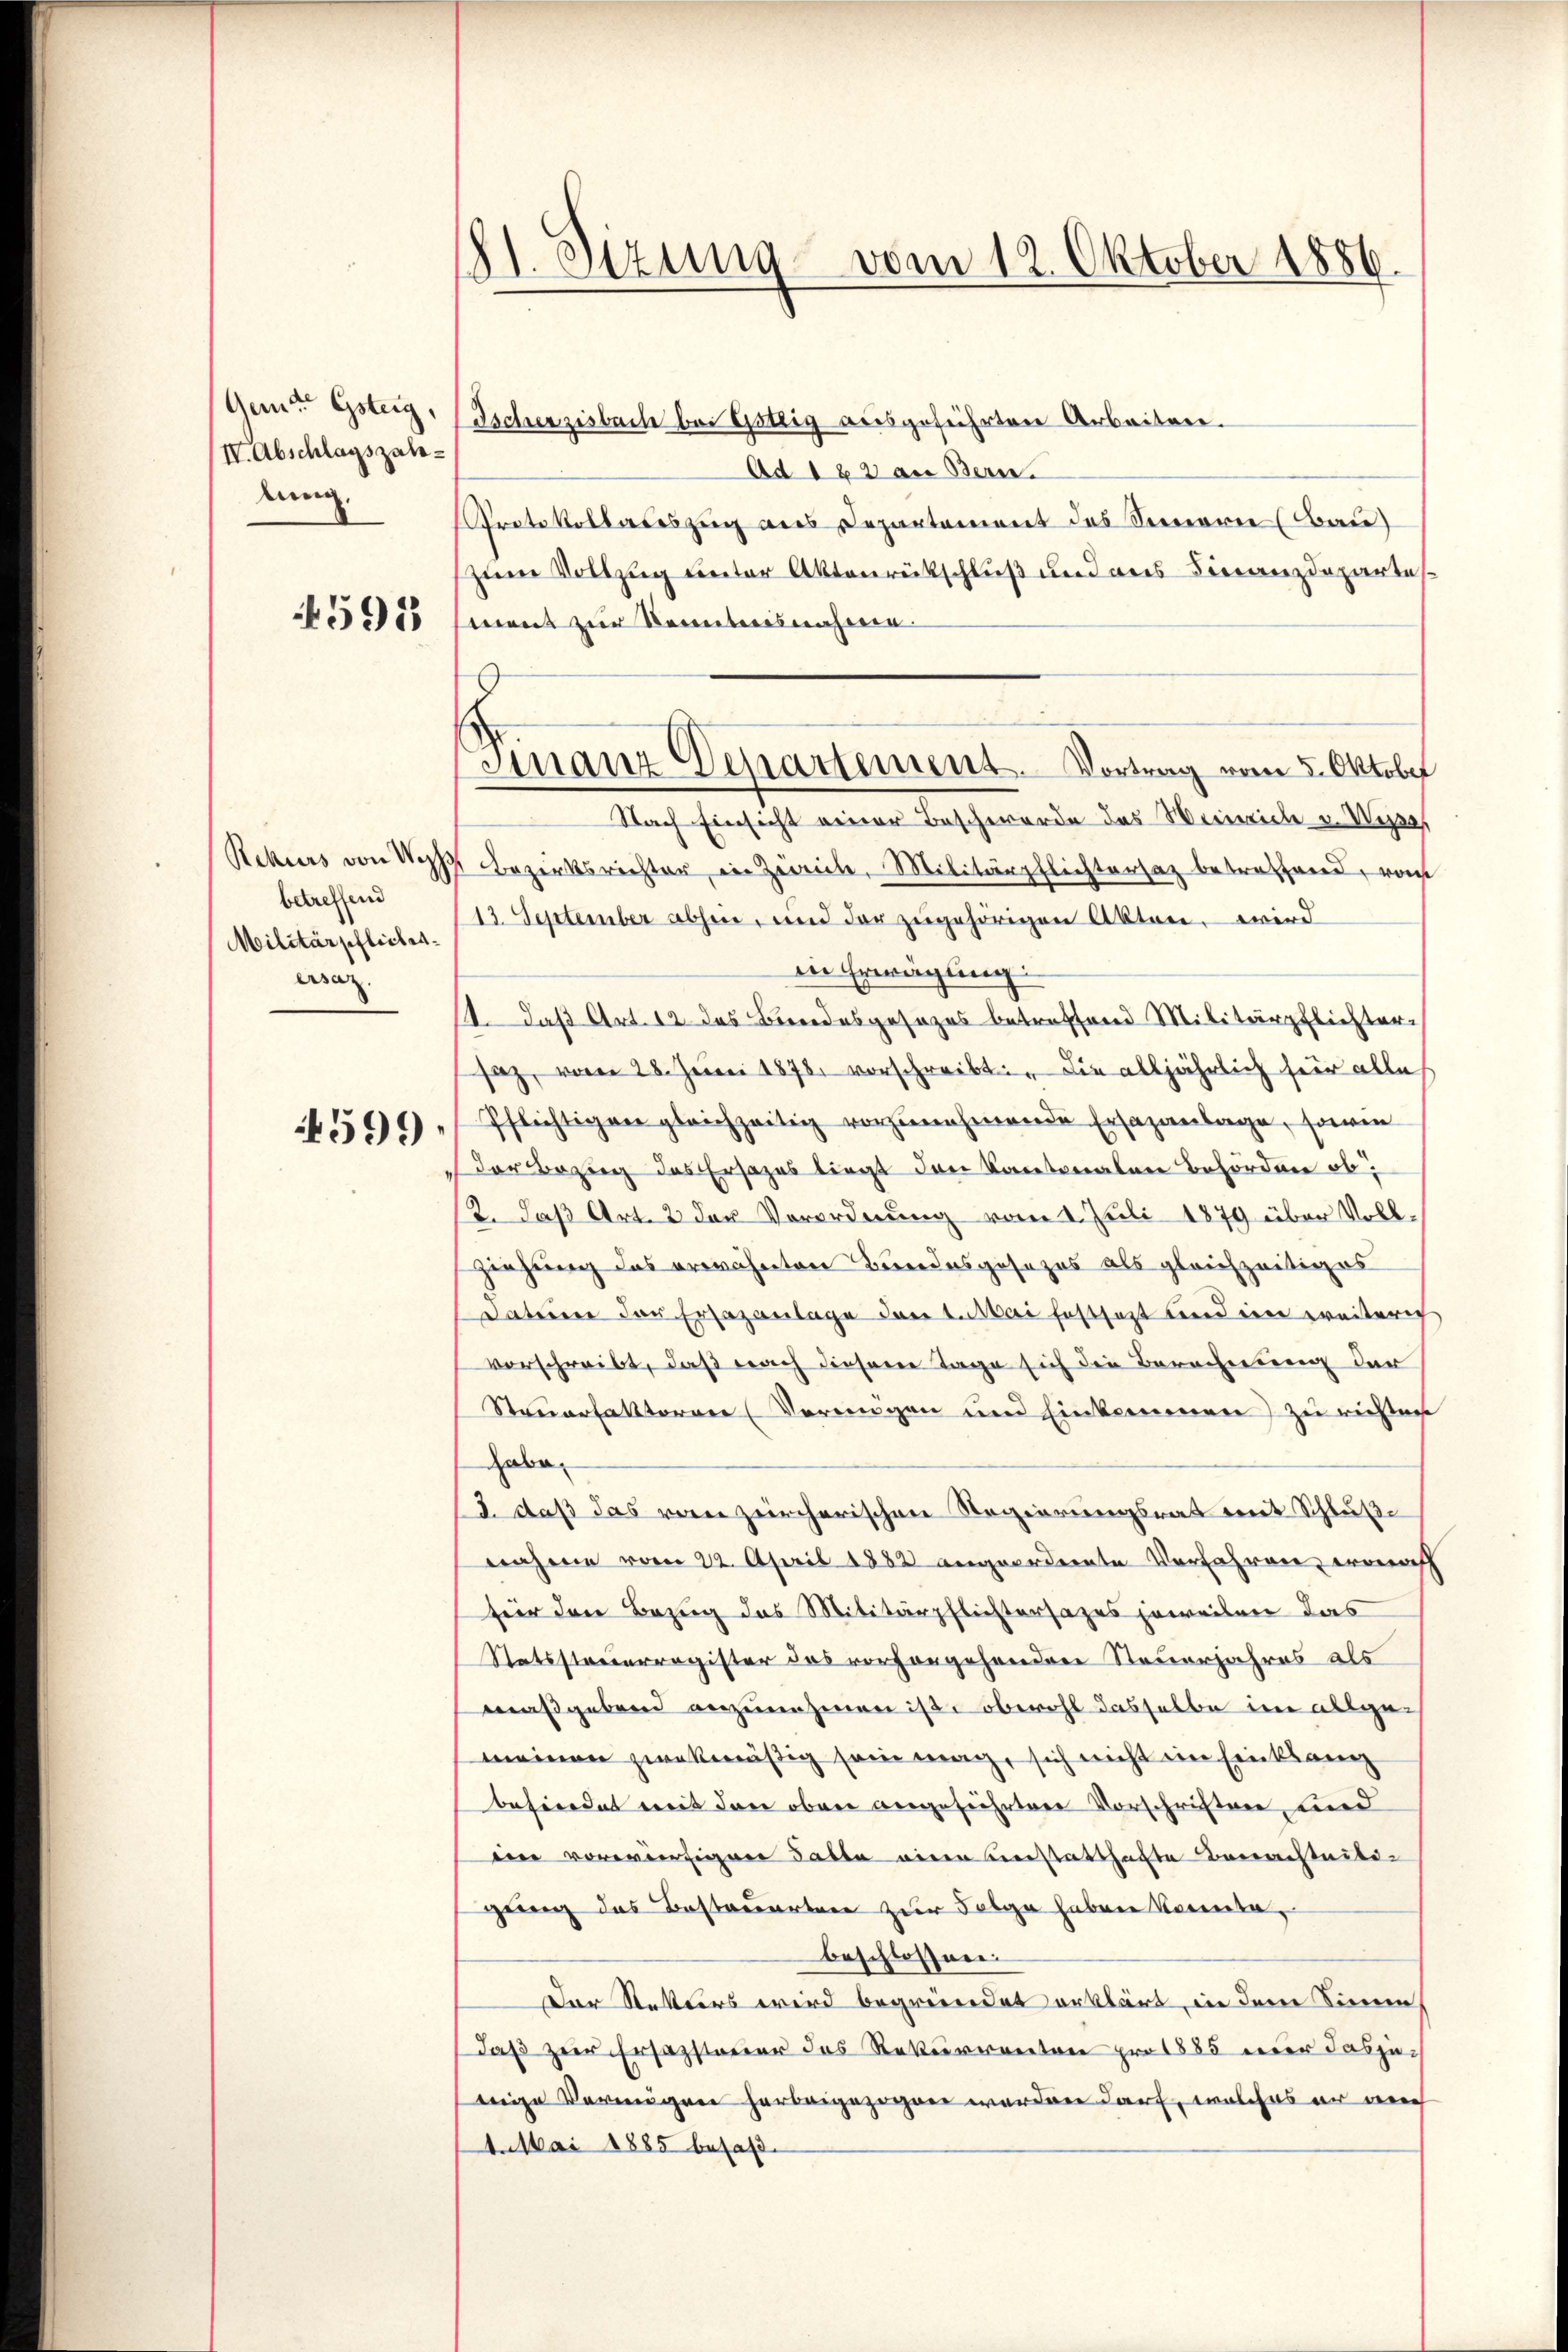
Gemte Gsteig,
IV. Abschlagszahlung.
4593

betreffend
Militärpfliches
ersaz.

4599.

11. Sizung vom 12. Oktober 1886.

Tschenzisbach bei Göttig ausgeführten Arbeiten.
Ad 182 an Bern.
Prete Volladeszug aus Departement des Sennerie (Bau)
zum Vollzug unter Aktenrütschluß und aus Finanzdepartes
went zur Kenntnisnahmen.
Nach Einsicht einer Beschwerde das Weinriche v. Wege
Rekurs von des Bezirksrichter in Zürich, Militärpflichtersatz betreffend, vom
13. September abhin, und der zugehörigen Akten, wird
die Erwägung
11. daß Art. 12. das Brodesgesezes betreffend Militärpflichtersaz, vom 28. Juni 1878 vorschreibt. Die alljährlich hier alle
Pflichtigen gleichzeitig vorzunehmende Ersazantage, sowie
Der Bezug des Ersatzes liegt den Kantonalen Behörden ob,
12. daß Art. 2 der Vorordnung vom 1. Juli 1879 über Vollziehung des erwähnten Bundesgesezes als gleichzeitiges
dation der Ersazanlage dant. Mai festsetzt und eine weiterich
vorschreibt, daß nach diesem Tage sich die Berechnung der
Steuerfaktoren (Vermögen und Einkommen zu richten
habe
3. daß das von zeircherischen Regierungsrat mit Schluße
nahme vom 22. April 1882 angeordnente Verfahren, wonach
für den Bezug das Militärpflichtersazes jeweilen das
Statsstreuerregister des vorhangehenden Steuerjahres als
maßgebend anzunehmen ist, obwohl dasselbe im allgemeinen zwekmäßig sein mag, sich nicht im Einklang
befindet mit den oben angeführten Vorschriften, und
ein vorwärtigen Falle einen unstatthafte Berechteili-
gung des Bestauerten zur Folge haben konnte,
beschlossen.
Der Retters wird begründet erklärt, in dem Sinne
daß zur Ersatzsteuer des Rekurrenten pro 1885 nur dasjeeie Vermögen herbeigezogen werden darf, welches er nach
4. Mai 1885 besaß.

Finanz Departement. Vortrag vom 5. Oktober